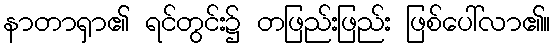
နာတာရှာ၏ ရင်တွင်း၌ တဖြည်းဖြည်း ဖြစ်ပေါ်လာ၏။